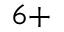
^ { 6 + }